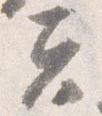
夫